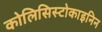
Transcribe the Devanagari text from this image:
कोलिसिस्टोकाइनिन